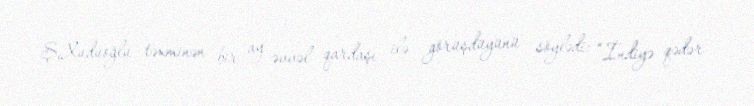
Ş.Xuduoğlu təxminən bir ay əvvəl qardaşı ilə görüşdüyünü söylədi: “İndiyə qədər